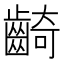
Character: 齮